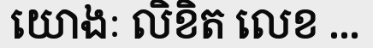
យោងៈ លិខិត លេខ ...